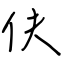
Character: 伕